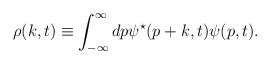
\begin{align*}{\rho}(k,t) \equiv \int_{-\infty}^{\infty} dp {\psi}^{\star}(p+k,t){\psi}(p,t).\end{align*}